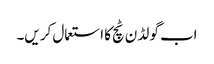
اب گو لڈ ن ٹچ کا استعمال کر یں۔